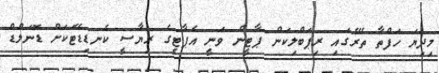
މިދިޔަ ހަފްތާ ތެރޭގައި ރިޕަބްލިކަން ޕާޓީން ވަނީ އެޕާޓީގެ ރިޔާސީ ކެނޑިޑޭޓަކަށް ޑޮނަލްޑް